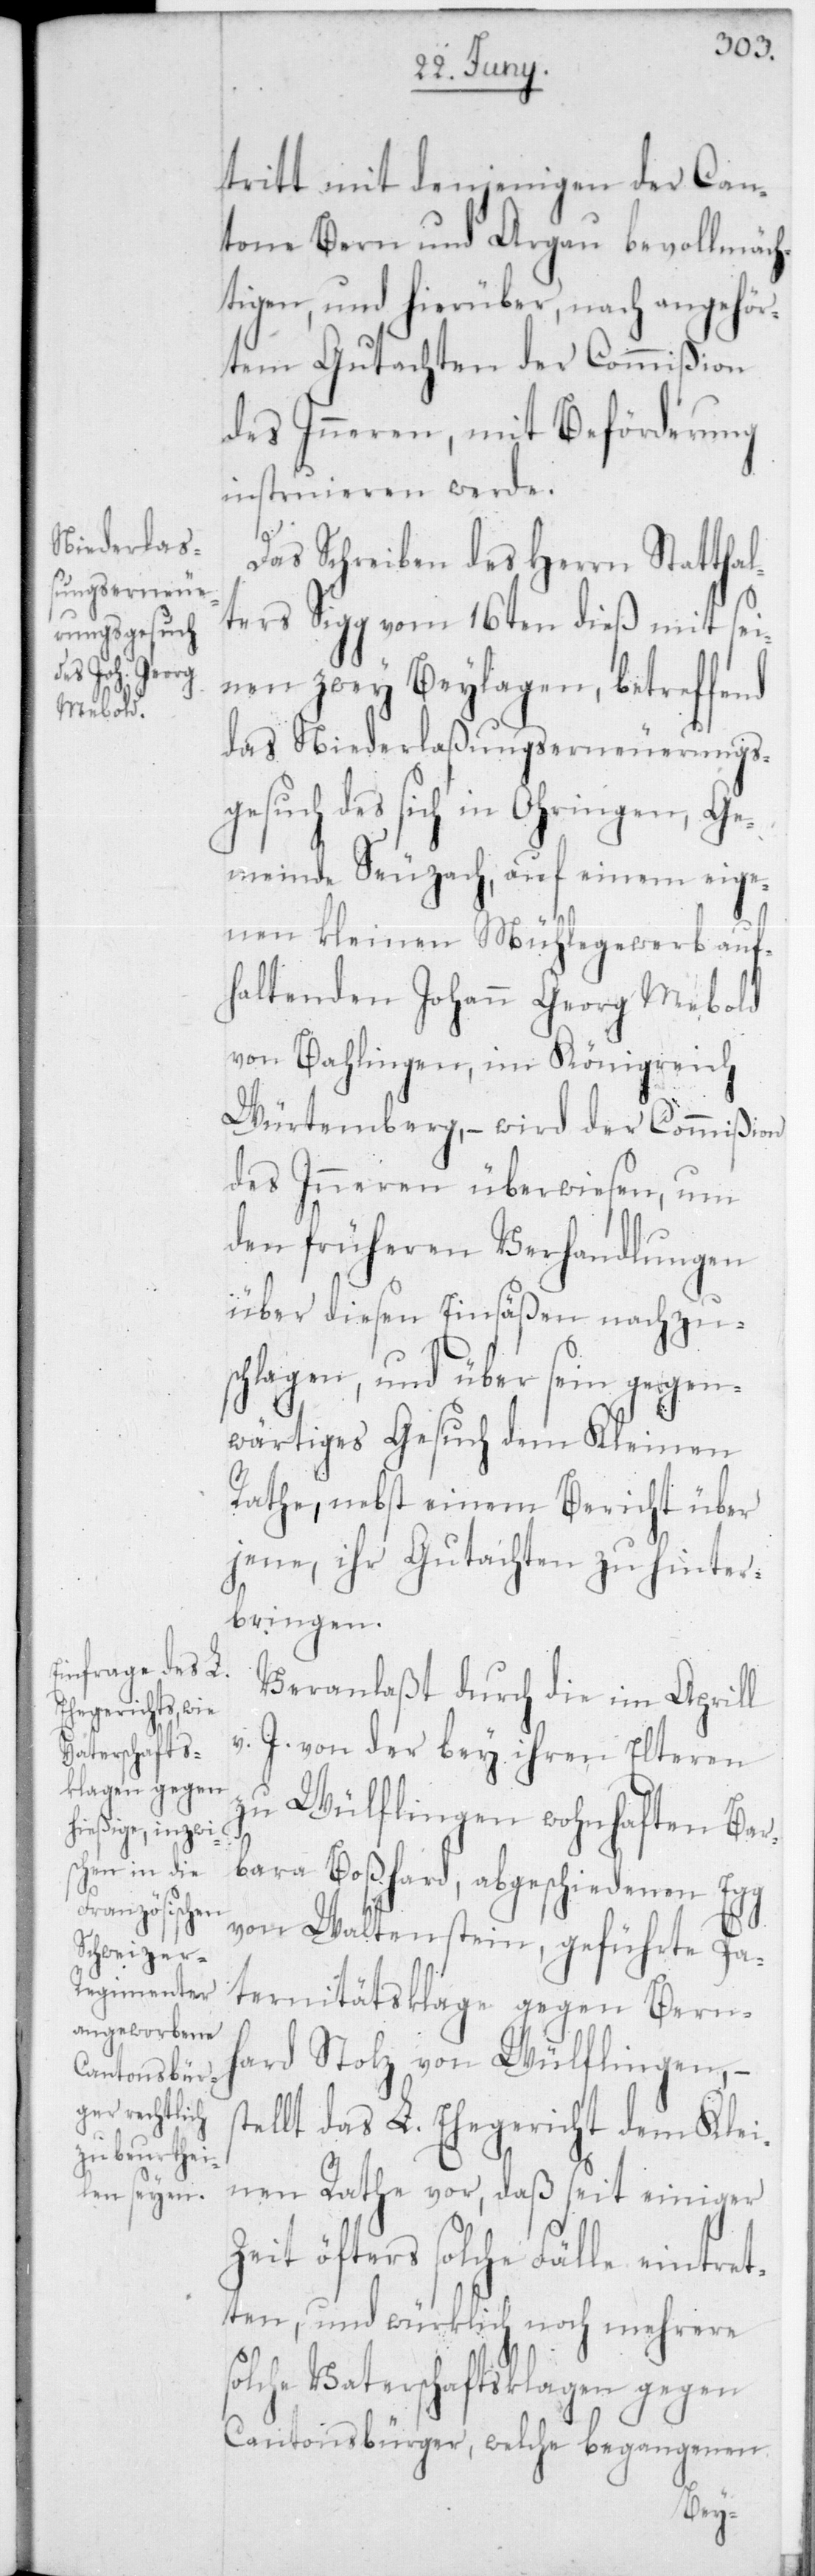
tritt mit denjenigen der Can¬
tone Bern und Argau bevollmäc¬
htigen, und hierüber, nach angehör¬
tem Gutachten der Commißion
des Inneren, mit Beförderung
instruieren werde.
Das Schreiben des Herrn Statthal¬
ters Sigg vom 16ten dieß mit sei¬
nen zwey Beylagen, betreffend
das Niederlaßungserneuerungs¬
gesuch des sich in Ohringen, Ge¬
meinde Seuzach, auf einem eige¬
nen kleinen Mühlegewerb auf¬
haltenden Johann Georg Mebold
von Bahlingen im Königreich
Würtemberg, – wird der Commißion
des Inneren überwiesen, um
den früheren Verhandlungen
über diesen Einsäßen nachzu¬
schlagen, und über sein gegen¬
wärtiges Gesuch dem Kleinen
Rathe, nebst einem Bericht über
jene, ihr Gutachten zu hinter¬
bringen.
Veranlaßt durch die im Aprill
J. von der bey ihren Elteren
zu Wülflingen wohnhaften Bar¬
bara Boßhard, abgeschiedenen Egg
von Waltenstein, geführte Pa¬
ternitätsklage gegen Bern¬
hard Stolz von Wülflingen, –
tellt das L. Ehegericht dem Klei¬
nen Rathe vor, daß seit einiger
Zeit öfters solche Fälle eintret¬
ten, und würklich noch mehrere s¬
olche Vaterschaftsklagen gegen
Cantonsbürger, welche begangenen
s¬